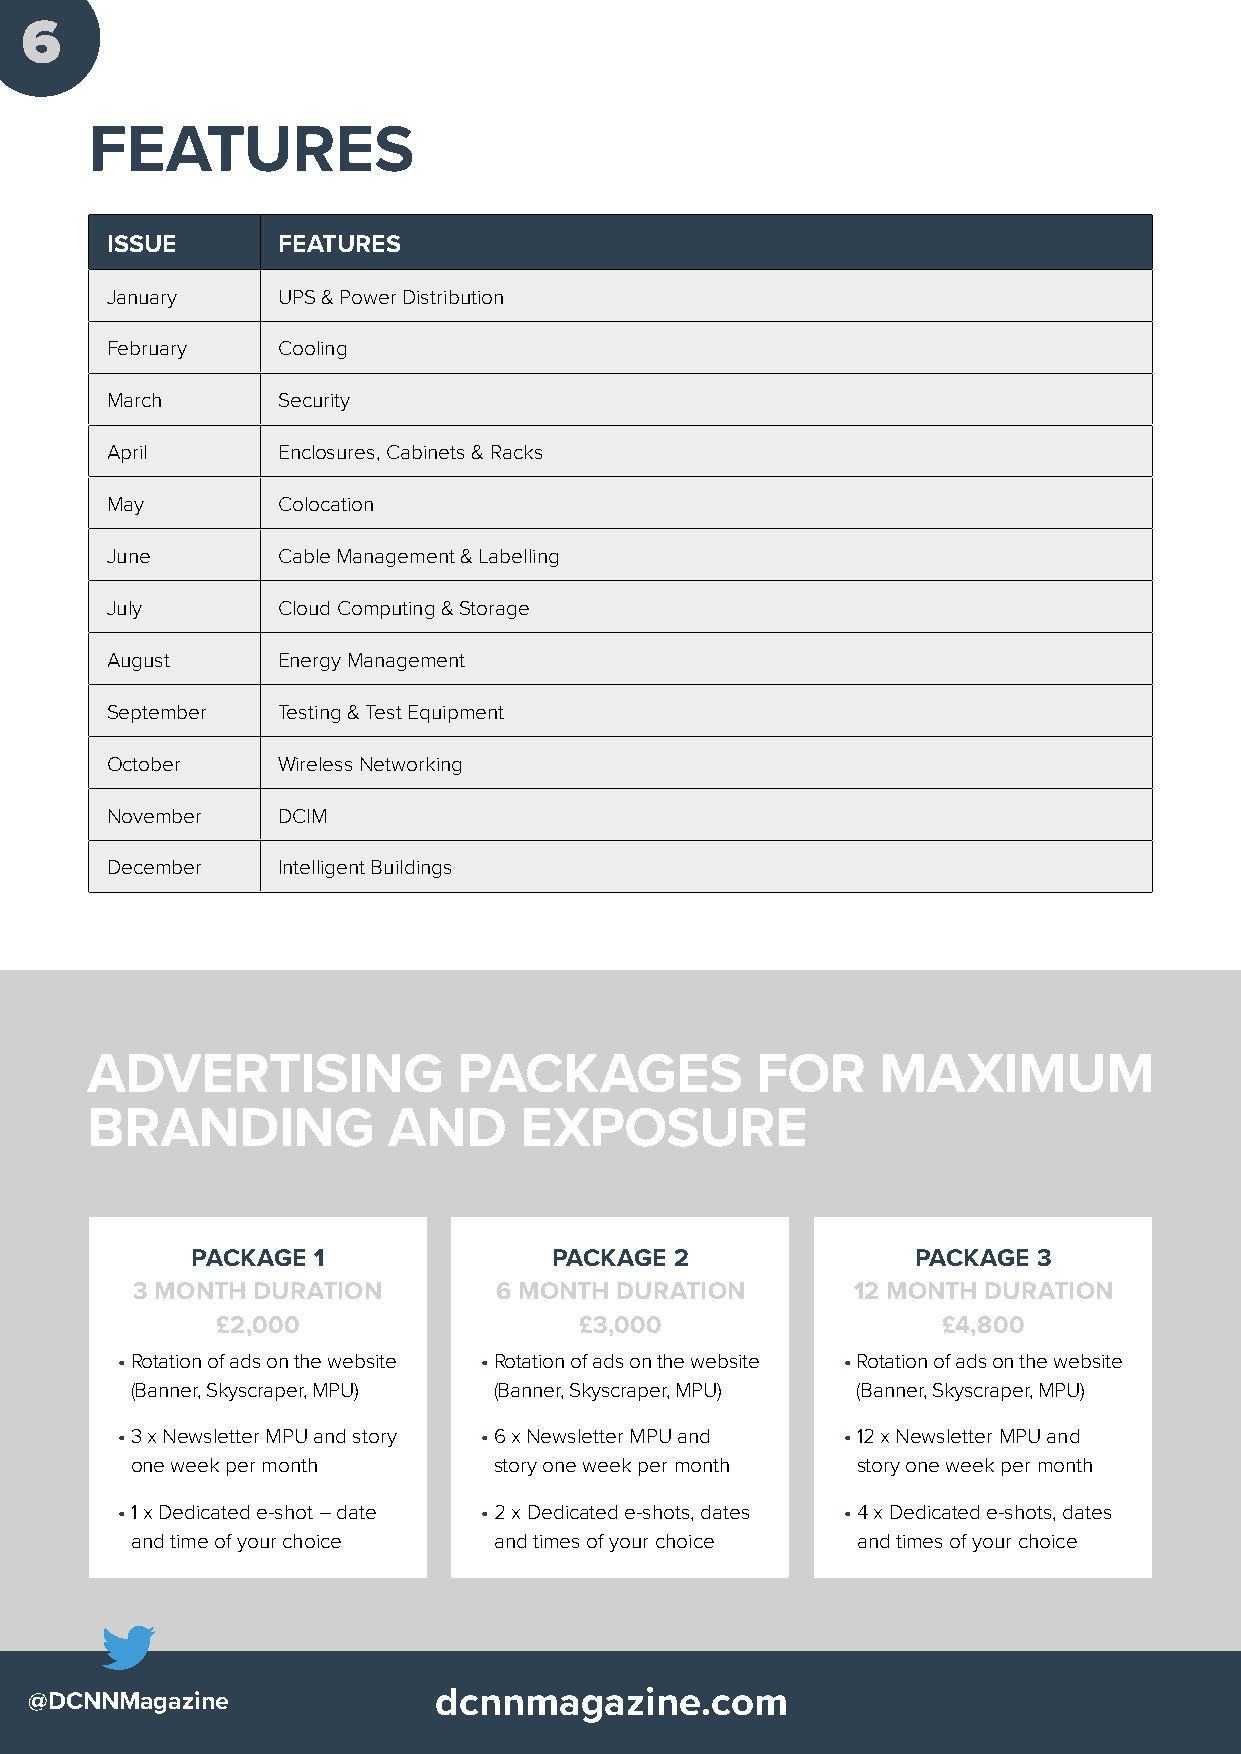
6
 FEATURES
 ISSUE      FEATURES
 January    UPS & Power Distribution
 February   Cooling
 March      Security
 April      Enclosures, Cabinets & Racks
 May        Colocation
 June       Cable Management & Labelling
 July       Cloud Computing & Storage
 August     Energy Management
 September  Testing & Test Equipment
 October    Wireless Networking
 November   DCIM
 December   Intelligent Buildings
 ADVERTISING             PACKAGES            FOR     MAXIMUM
 BRANDING            AND     EXPOSURE
 PACKAGE 1              PACKAGE  2               PACKAGE 3
 3 MONTH DURATION        6 MONTH DURATION       12 MONTH DURATION
 £2,000                  £3,000                  £4,800
 • Rotation of ads on the website • Rotation of ads on the website • Rotation of ads on the website
 (Banner, Skyscraper, MPU) (Banner, Skyscraper, MPU) (Banner, Skyscraper, MPU)
 • 3 x Newsletter MPU and story • 6 x Newsletter MPU and • 12 x Newsletter MPU and
 one week per month      story one week per month story one week per month
 • 1 x Dedicated e-shot – date • 2 x Dedicated e-shots, dates • 4 x Dedicated e-shots, dates
 and time of your choice and times of your choice and times of your choice
 @DCNNMagazine              dcnnmagazine.com